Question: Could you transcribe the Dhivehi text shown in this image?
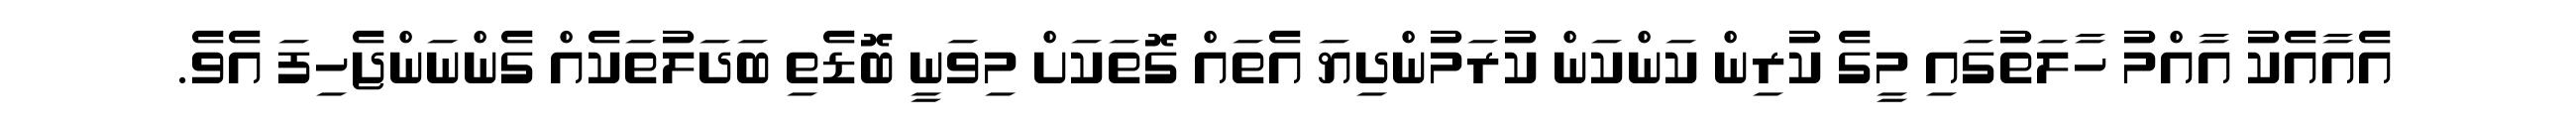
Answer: އެއާއެކު އާއްމު ހާލަތުގައި މީގެ ކުރިން ކަންކަން ކުރަމުންދިޔަ އެތައް ގޮތަކަށް މިވަނީ ބޮޑެތި ބަދަލުތަކެއް ގެންނަންޖެހިފަ އެވެ.